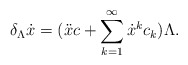
\begin{align*}\delta_{\Lambda}\dot{x}=(\ddot{x} c +\sum_{k=1}^{\infty}\dot{x}^{k} c_{k})\Lambda .\end{align*}